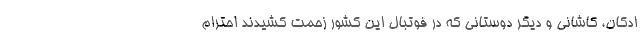
ادکان، کاشانی و دیگر دوستانی که در فوتبال این کشور زحمت کشیدند احترام